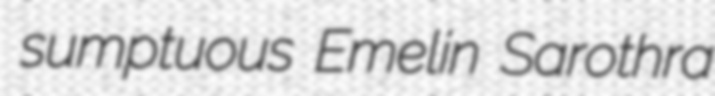
sumptuous Emelin Sarothra